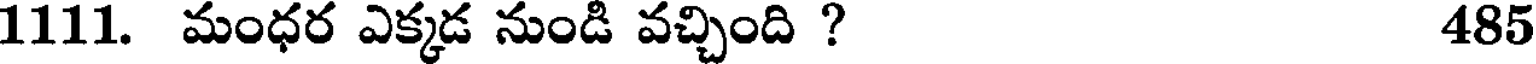
1111. మంధర ఎక్కడ నుండి వచ్చింది ? 485